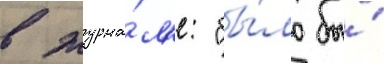
в журна́л'е: "бы́ло бы́